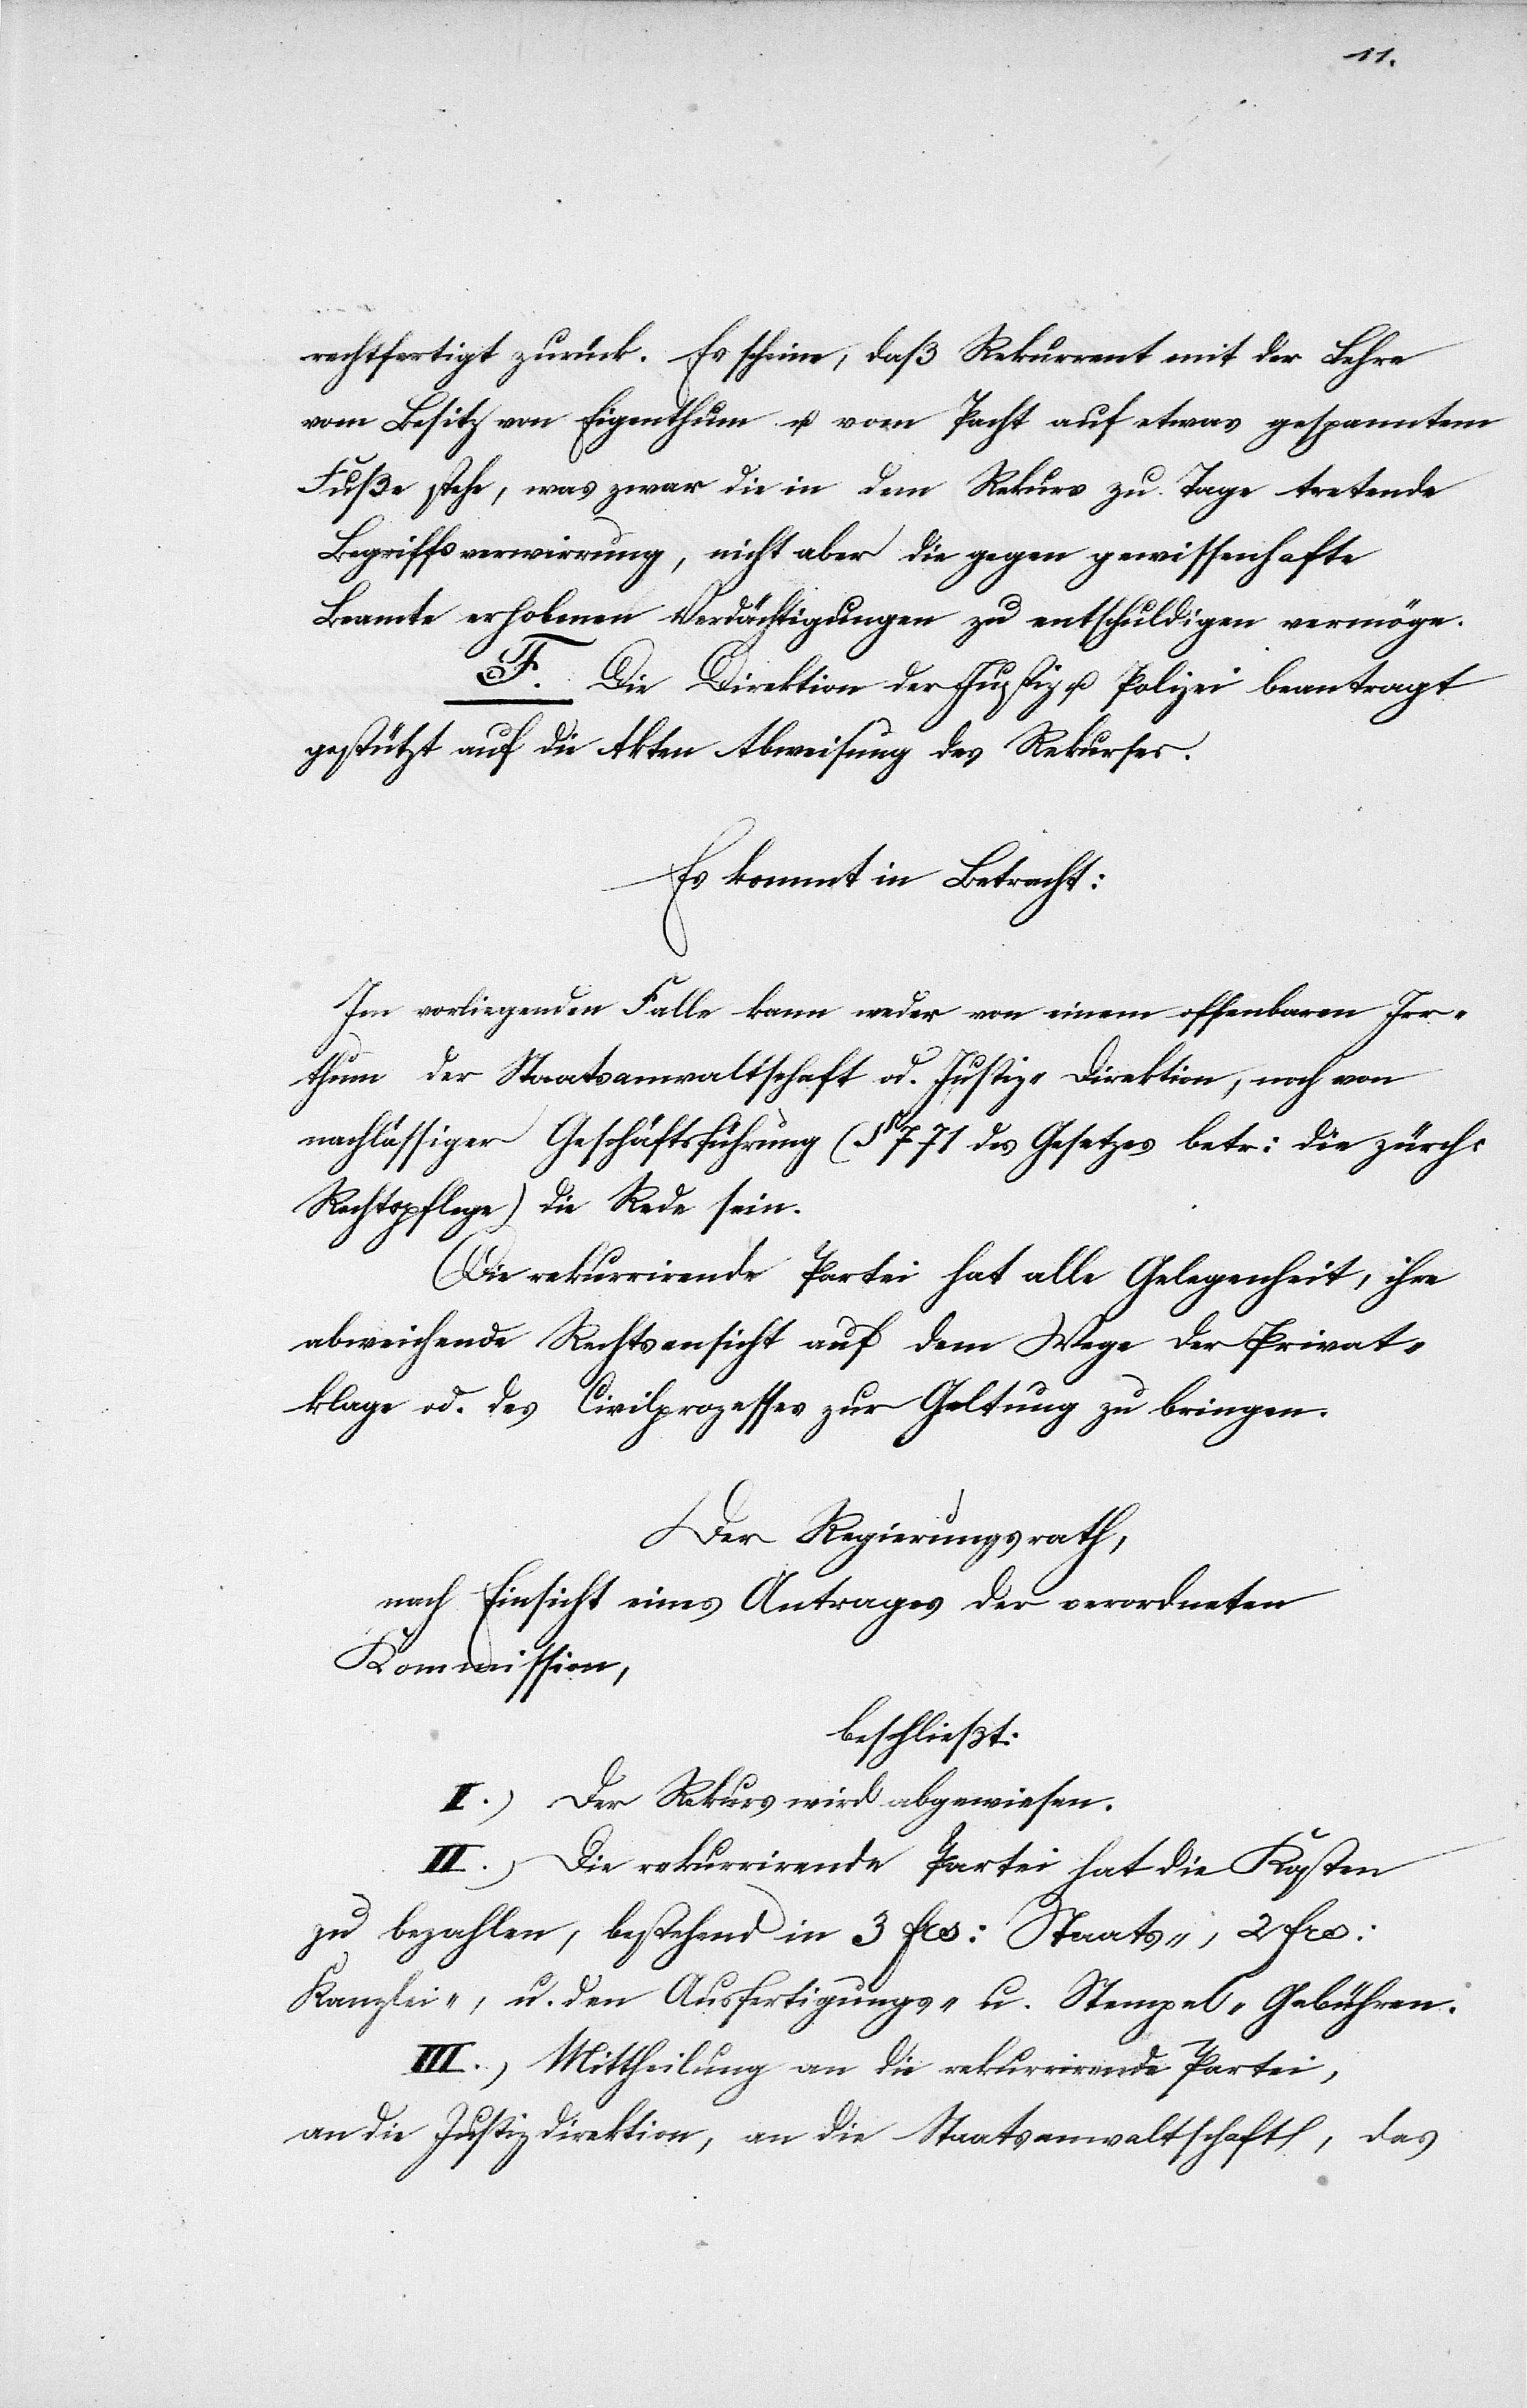
1.
des Regierungsrathes